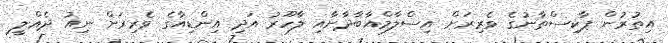
އިތުރުން ޕާކިސްތާނުގެ ވެރިރަށް އިސްލާމްއާބާދާށާއި ލާހޫރު އަދި އިންޑިއާގެ ވެރިރަށް ނިއު ދެއްލީ